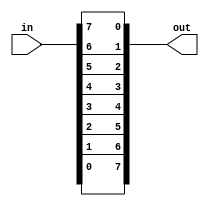
module top_module( 
    input [7:0] in,
    output [7:0] out
);
    assign {out[0],out[1],out[2],out[3],out[4],out[5],out[6],out[7]} = in;

endmodule